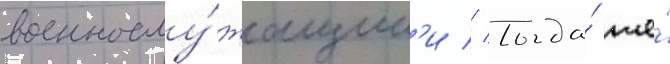
военнослу́жащим'и // Тогда́ же́